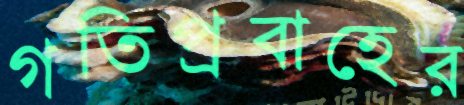
গতিপ্রবাহের